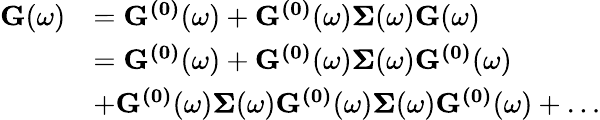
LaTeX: \begin{array}{rl}{\mathbf{G}(\omega)}&{=\mathbf{G^{(0)}}(\omega)+\mathbf{G^{(0)}}(\omega)\mathbf{\Sigma}(\omega)\mathbf{G}(\omega)}\\ &{=\mathbf{G^{(0)}}(\omega)+\mathbf{G^{(0)}}(\omega)\mathbf{\Sigma}(\omega)\mathbf{G^{(0)}}(\omega)}\\ &{+\mathbf{G^{(0)}}(\omega)\mathbf{\Sigma}(\omega)\mathbf{G^{(0)}}(\omega)\mathbf{\Sigma}(\omega)\mathbf{G^{(0)}}(\omega)+\ldots}\end{array}